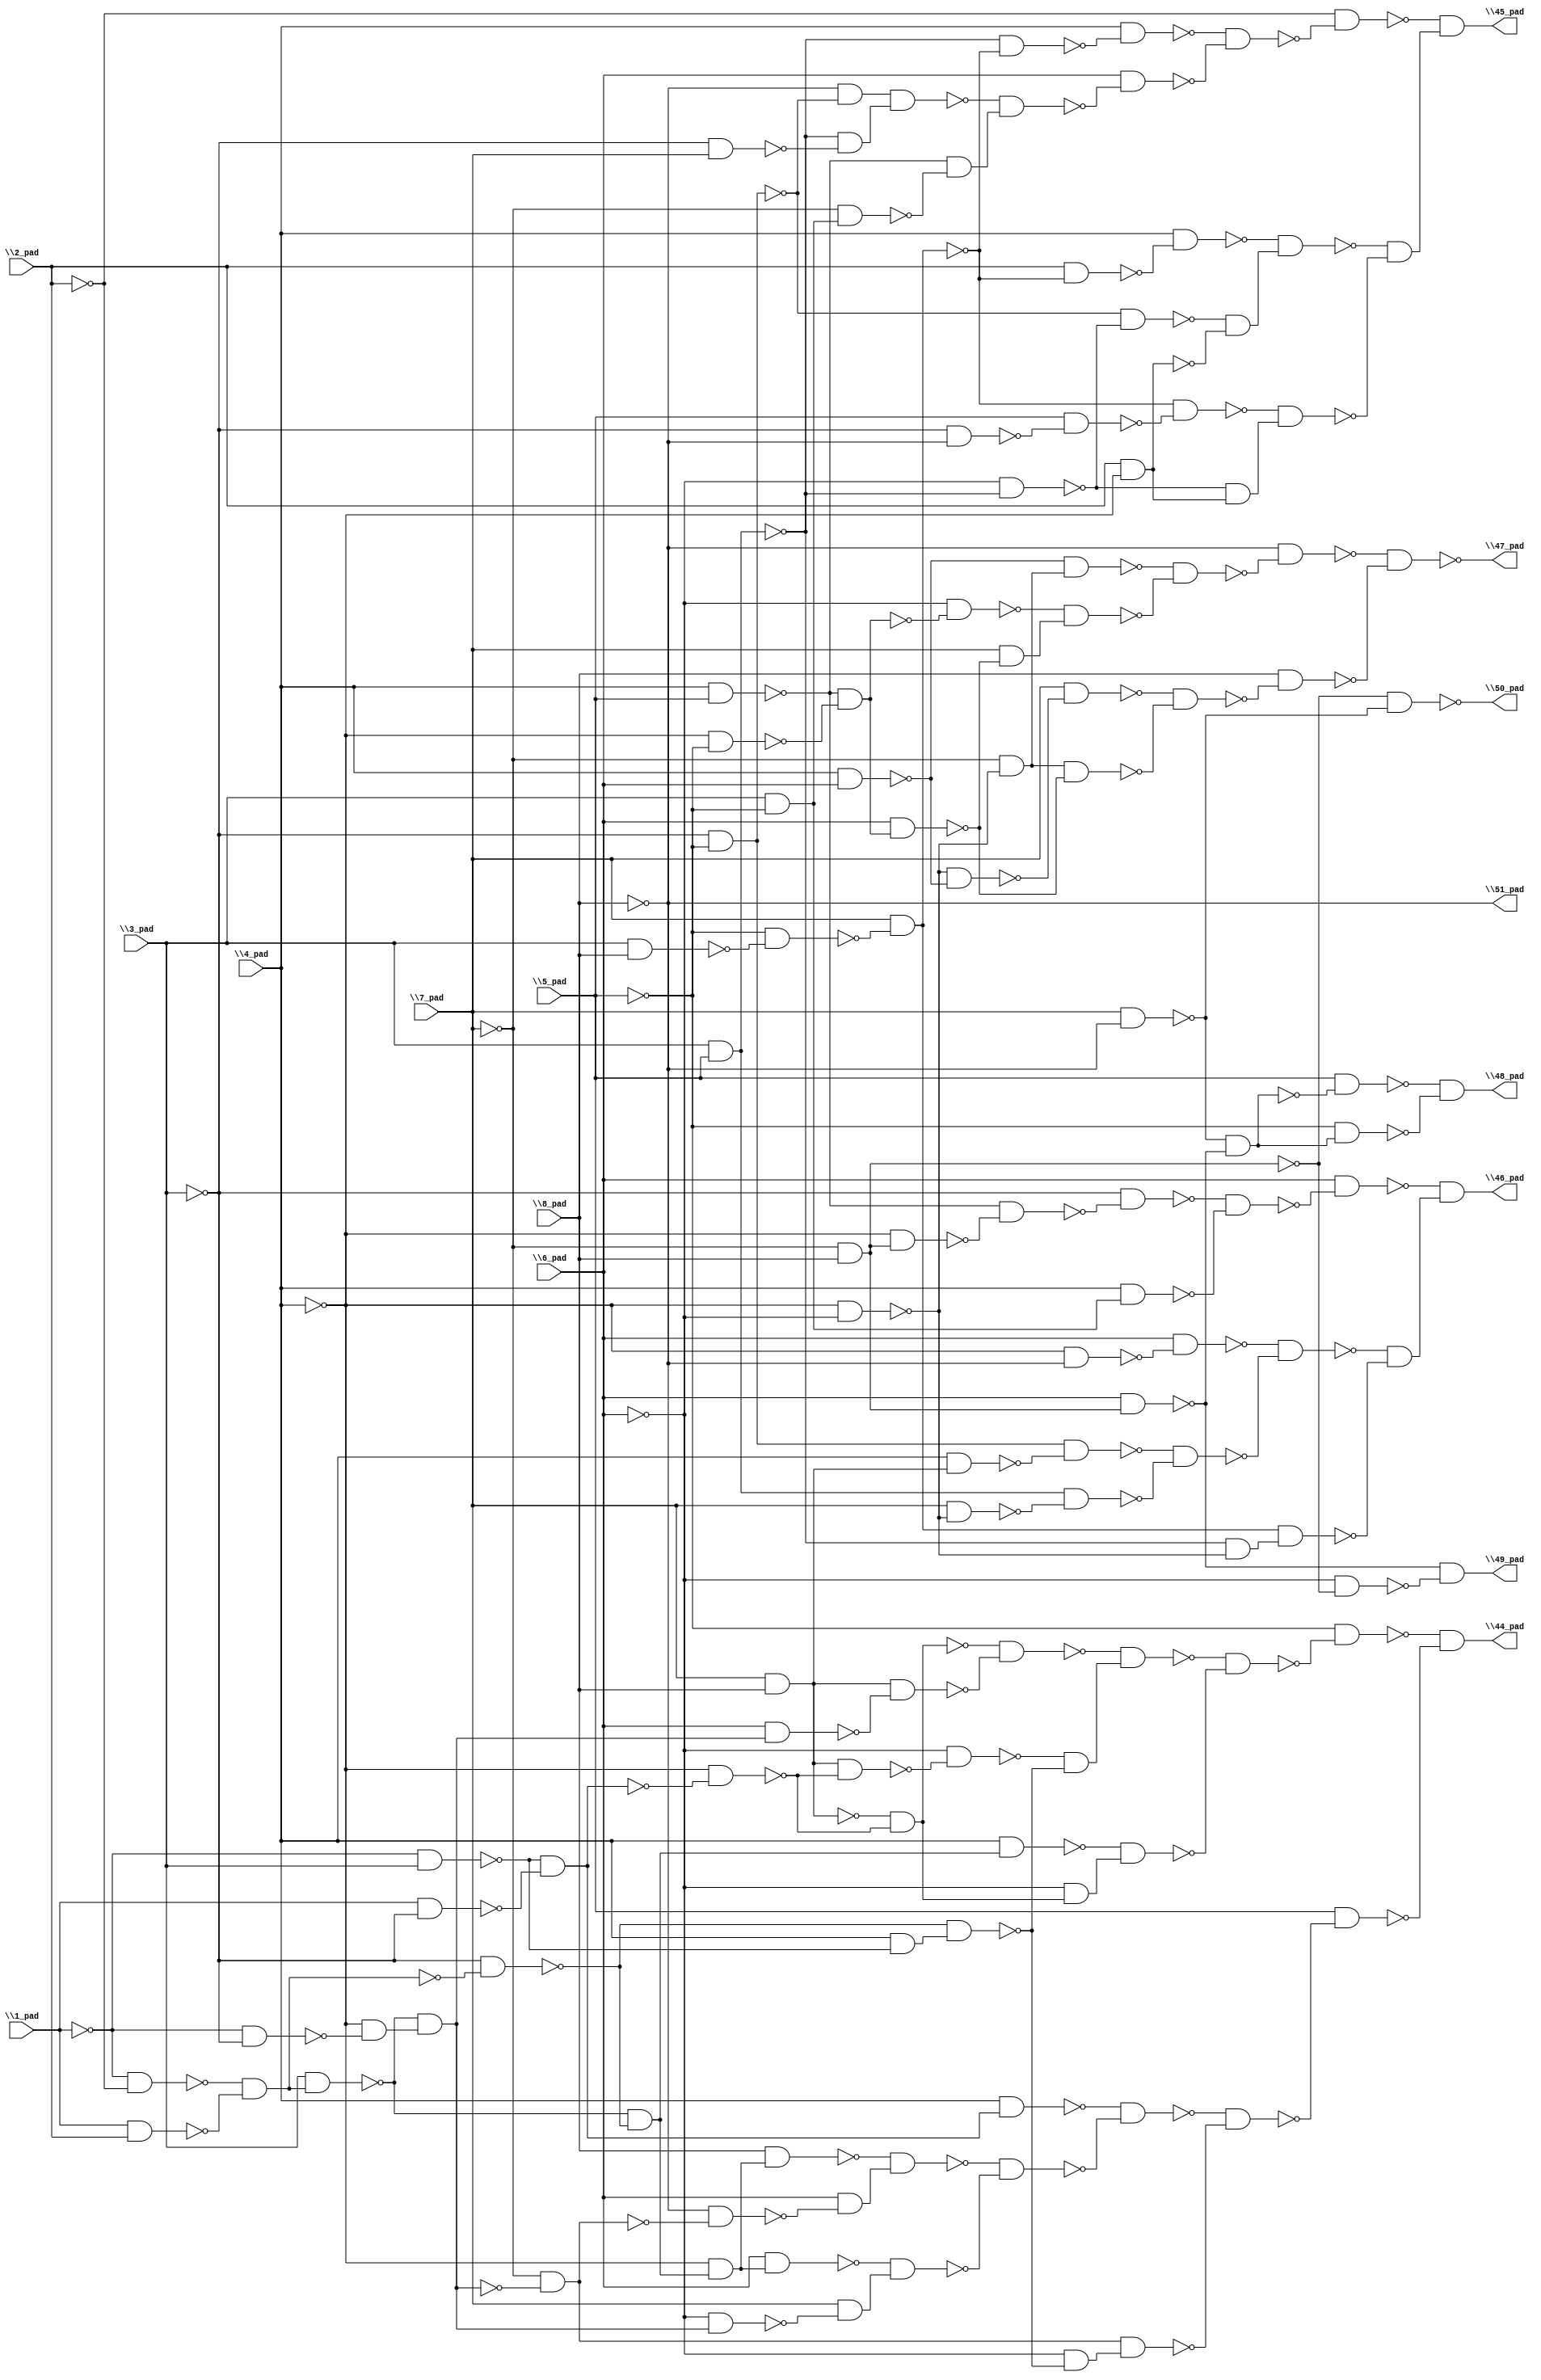
module top( \1_pad  , \2_pad  , \3_pad  , \4_pad  , \5_pad  , \6_pad  , \7_pad  , \8_pad  , \44_pad  , \45_pad  , \46_pad  , \47_pad  , \48_pad  , \49_pad  , \50_pad  , \51_pad  );
  input \1_pad  ;
  input \2_pad  ;
  input \3_pad  ;
  input \4_pad  ;
  input \5_pad  ;
  input \6_pad  ;
  input \7_pad  ;
  input \8_pad  ;
  output \44_pad  ;
  output \45_pad  ;
  output \46_pad  ;
  output \47_pad  ;
  output \48_pad  ;
  output \49_pad  ;
  output \50_pad  ;
  output \51_pad  ;
  wire n9 , n10 , n11 , n12 , n13 , n14 , n15 , n16 , n17 , n18 , n19 , n20 , n21 , n22 , n23 , n24 , n25 , n26 , n27 , n28 , n29 , n30 , n31 , n32 , n33 , n34 , n35 , n36 , n37 , n38 , n39 , n40 , n41 , n42 , n43 , n44 , n45 , n46 , n47 , n48 , n49 , n50 , n51 , n52 , n53 , n54 , n55 , n56 , n57 , n58 , n59 , n60 , n61 , n62 , n63 , n64 , n65 , n66 , n67 , n68 , n69 , n70 , n71 , n72 , n73 , n74 , n75 , n76 , n77 , n78 , n79 , n80 , n81 , n82 , n83 , n84 , n85 , n86 , n87 , n88 , n89 , n90 , n91 , n92 , n93 , n94 , n95 , n96 , n97 , n98 , n99 , n100 , n101 , n102 , n103 , n104 , n105 , n106 , n107 , n108 , n109 , n110 , n111 , n112 , n113 , n114 , n115 , n116 , n117 , n118 , n119 , n120 , n121 , n122 , n123 , n124 , n125 , n126 , n127 , n128 , n129 , n130 , n131 , n132 , n133 , n134 ;
  assign n9 = \7_pad  & \8_pad  ;
  assign n10 = ~\1_pad  & \3_pad  ;
  assign n11 = \1_pad  & ~\3_pad  ;
  assign n12 = ~n10 & ~n11 ;
  assign n13 = ~\4_pad  & ~n12 ;
  assign n16 = ~n9 & ~n13 ;
  assign n17 = ~\1_pad  & ~\2_pad  ;
  assign n18 = \1_pad  & \2_pad  ;
  assign n19 = ~n17 & ~n18 ;
  assign n20 = \3_pad  & n19 ;
  assign n21 = ~\1_pad  & ~\3_pad  ;
  assign n22 = ~\4_pad  & ~n21 ;
  assign n23 = ~n20 & n22 ;
  assign n24 = \6_pad  & n23 ;
  assign n25 = n9 & ~n24 ;
  assign n26 = ~n16 & ~n25 ;
  assign n14 = n9 & ~n13 ;
  assign n15 = ~\6_pad  & ~n14 ;
  assign n27 = ~\3_pad  & ~n19 ;
  assign n28 = \4_pad  & ~n10 ;
  assign n29 = ~n27 & n28 ;
  assign n30 = ~n15 & ~n29 ;
  assign n31 = ~n26 & n30 ;
  assign n32 = ~n20 & ~n27 ;
  assign n33 = \4_pad  & n32 ;
  assign n34 = ~\6_pad  & n16 ;
  assign n35 = ~n33 & n34 ;
  assign n36 = ~n31 & ~n35 ;
  assign n37 = ~\5_pad  & ~n36 ;
  assign n38 = \4_pad  & n12 ;
  assign n41 = ~\4_pad  & n32 ;
  assign n42 = \8_pad  & n41 ;
  assign n39 = ~\7_pad  & ~n23 ;
  assign n40 = ~\8_pad  & ~n39 ;
  assign n43 = \6_pad  & ~n40 ;
  assign n44 = ~n42 & n43 ;
  assign n46 = \6_pad  & n41 ;
  assign n45 = ~\6_pad  & n23 ;
  assign n47 = \7_pad  & ~n45 ;
  assign n48 = ~n46 & n47 ;
  assign n49 = ~n44 & ~n48 ;
  assign n50 = ~n38 & ~n49 ;
  assign n51 = ~\6_pad  & ~n29 ;
  assign n52 = n39 & n51 ;
  assign n53 = ~n50 & ~n52 ;
  assign n54 = \5_pad  & ~n53 ;
  assign n55 = ~n37 & ~n54 ;
  assign n57 = \3_pad  & \5_pad  ;
  assign n60 = \3_pad  & \8_pad  ;
  assign n61 = ~\5_pad  & ~n60 ;
  assign n62 = \7_pad  & ~n61 ;
  assign n68 = ~n57 & ~n62 ;
  assign n69 = \4_pad  & ~n68 ;
  assign n56 = ~\3_pad  & ~\5_pad  ;
  assign n74 = ~\8_pad  & ~n56 ;
  assign n73 = ~\3_pad  & \7_pad  ;
  assign n75 = ~n57 & ~n73 ;
  assign n76 = n74 & n75 ;
  assign n70 = \4_pad  & \5_pad  ;
  assign n71 = \3_pad  & ~\5_pad  ;
  assign n72 = ~\7_pad  & n71 ;
  assign n77 = ~n70 & ~n72 ;
  assign n78 = ~n76 & n77 ;
  assign n79 = \6_pad  & ~n78 ;
  assign n80 = ~n69 & ~n79 ;
  assign n81 = ~\2_pad  & ~n80 ;
  assign n63 = \2_pad  & ~n62 ;
  assign n64 = \4_pad  & ~n63 ;
  assign n58 = ~\6_pad  & ~n57 ;
  assign n59 = ~n56 & ~n58 ;
  assign n65 = \2_pad  & ~\4_pad  ;
  assign n66 = ~n59 & ~n65 ;
  assign n67 = ~n64 & n66 ;
  assign n82 = ~\3_pad  & ~\8_pad  ;
  assign n83 = \5_pad  & ~n82 ;
  assign n84 = ~n62 & ~n83 ;
  assign n85 = ~n58 & n65 ;
  assign n86 = ~n84 & n85 ;
  assign n87 = ~n67 & ~n86 ;
  assign n88 = ~n81 & n87 ;
  assign n98 = ~\7_pad  & \8_pad  ;
  assign n99 = ~\4_pad  & n98 ;
  assign n100 = ~n70 & ~n99 ;
  assign n101 = ~\3_pad  & ~n100 ;
  assign n102 = \4_pad  & n71 ;
  assign n103 = ~n101 & ~n102 ;
  assign n104 = \6_pad  & ~n103 ;
  assign n89 = ~\4_pad  & ~\8_pad  ;
  assign n90 = \6_pad  & ~n89 ;
  assign n91 = \4_pad  & n9 ;
  assign n92 = n56 & ~n91 ;
  assign n93 = ~\4_pad  & ~\6_pad  ;
  assign n94 = \7_pad  & ~n93 ;
  assign n95 = n57 & ~n94 ;
  assign n96 = ~n92 & ~n95 ;
  assign n97 = ~n90 & ~n96 ;
  assign n105 = ~n57 & ~n93 ;
  assign n106 = n62 & n105 ;
  assign n107 = ~n97 & ~n106 ;
  assign n108 = ~n104 & n107 ;
  assign n109 = \4_pad  & \6_pad  ;
  assign n110 = ~\7_pad  & ~n93 ;
  assign n111 = ~n109 & n110 ;
  assign n112 = ~\4_pad  & ~\5_pad  ;
  assign n113 = ~n70 & ~n112 ;
  assign n115 = ~\6_pad  & ~n113 ;
  assign n114 = \6_pad  & n113 ;
  assign n116 = \7_pad  & ~n114 ;
  assign n117 = ~n115 & n116 ;
  assign n118 = ~n111 & ~n117 ;
  assign n119 = ~\8_pad  & ~n118 ;
  assign n120 = ~n93 & ~n109 ;
  assign n121 = \7_pad  & ~n120 ;
  assign n122 = n110 & ~n114 ;
  assign n123 = ~n121 & ~n122 ;
  assign n124 = \8_pad  & ~n123 ;
  assign n125 = ~n119 & ~n124 ;
  assign n126 = \7_pad  & ~\8_pad  ;
  assign n127 = \6_pad  & n98 ;
  assign n128 = ~n126 & ~n127 ;
  assign n129 = \5_pad  & ~n128 ;
  assign n130 = ~\5_pad  & n128 ;
  assign n131 = ~n129 & ~n130 ;
  assign n132 = ~\6_pad  & ~n98 ;
  assign n133 = ~n127 & ~n132 ;
  assign n134 = ~n98 & ~n126 ;
  assign \44_pad  = n55 ;
  assign \45_pad  = n88 ;
  assign \46_pad  = n108 ;
  assign \47_pad  = ~n125 ;
  assign \48_pad  = n131 ;
  assign \49_pad  = n133 ;
  assign \50_pad  = ~n134 ;
  assign \51_pad  = ~\8_pad  ;
endmodule